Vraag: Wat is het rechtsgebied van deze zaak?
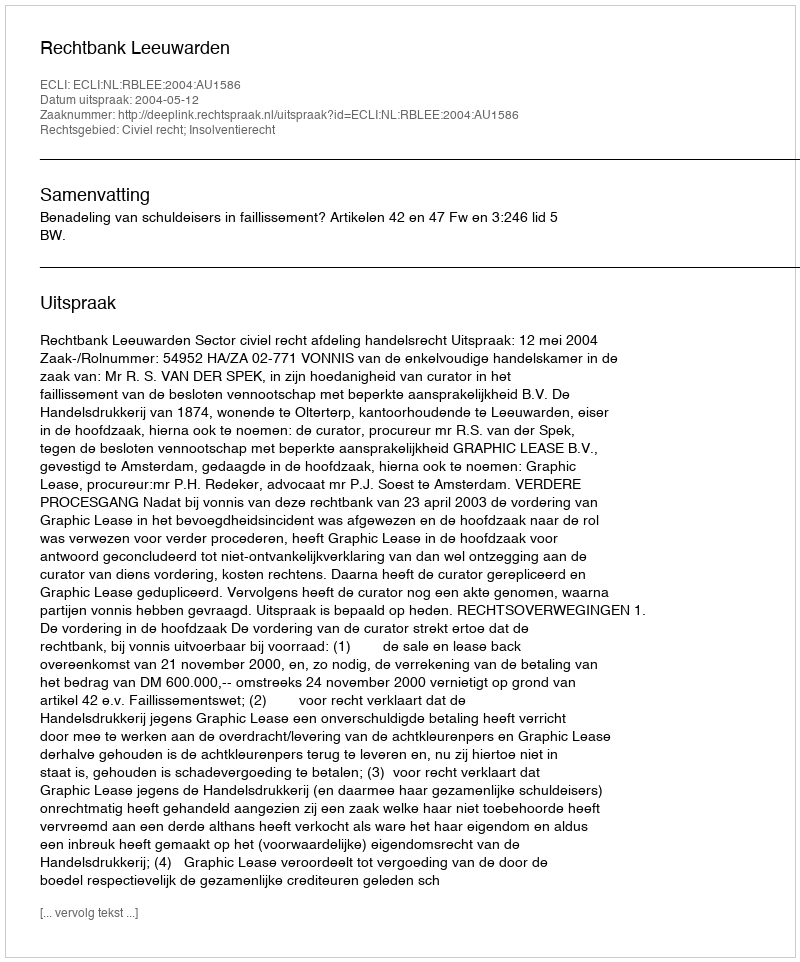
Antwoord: Civiel recht; Insolventierecht